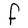
Character: F